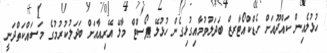
ހުޅުލެއިން ކައްދޫއަށް ހެޑްކްއޯޓާރޒް ބަދަލުވުމާއިގުޅިގެން ހުޅުލޭ ޕޯސްޓް މާލޭ އޭރިއާއަށް ބަދަލުކުރުމުގެ މަސައްކަތްދަނީ